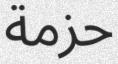
حزمة